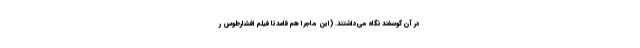
در آن گوسفند نگاه می‌داشتند. (این ماجرا هم قاعدتا فیلم افشارطوس ر